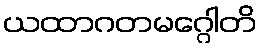
ယထာဂတမဂ္ဂေါတိ